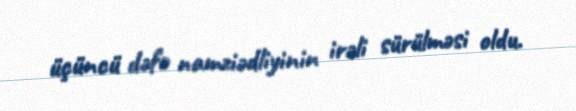
üçüncü dəfə namziədliyinin irəli sürülməsi oldu.